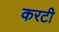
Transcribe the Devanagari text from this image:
करटी